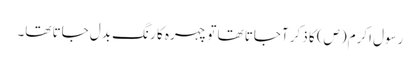
رسول اکرم(ص) کا ذکر آجاتا تھا تو چہرہ کا رنگ بدل جاتا تھا۔